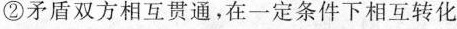
②矛盾双方相互贯通，在一定条件下相互转化